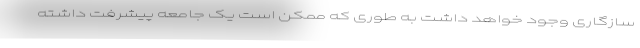
سازگاری وجود خواهد داشت به طوری که ممکن است یک جامعه پیشرفت داشته